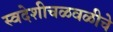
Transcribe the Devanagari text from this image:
स्वदेशीचळवळीचे